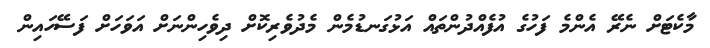
މާކެޓަށް ނެރޭ އެންމެ ފަހުގެ އުފެއްދުންތައް އަޅުގަނޑުމެން މެދުވެރިކޮށް ދިވެހިންނަށް އަވަހަށް ފަސޭހައިން